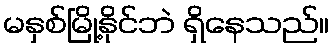
မနှစ်မြို့နိုင်ဘဲ ရှိနေသည်။